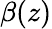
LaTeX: \beta(z)